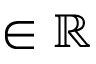
\in \mathbb { R }